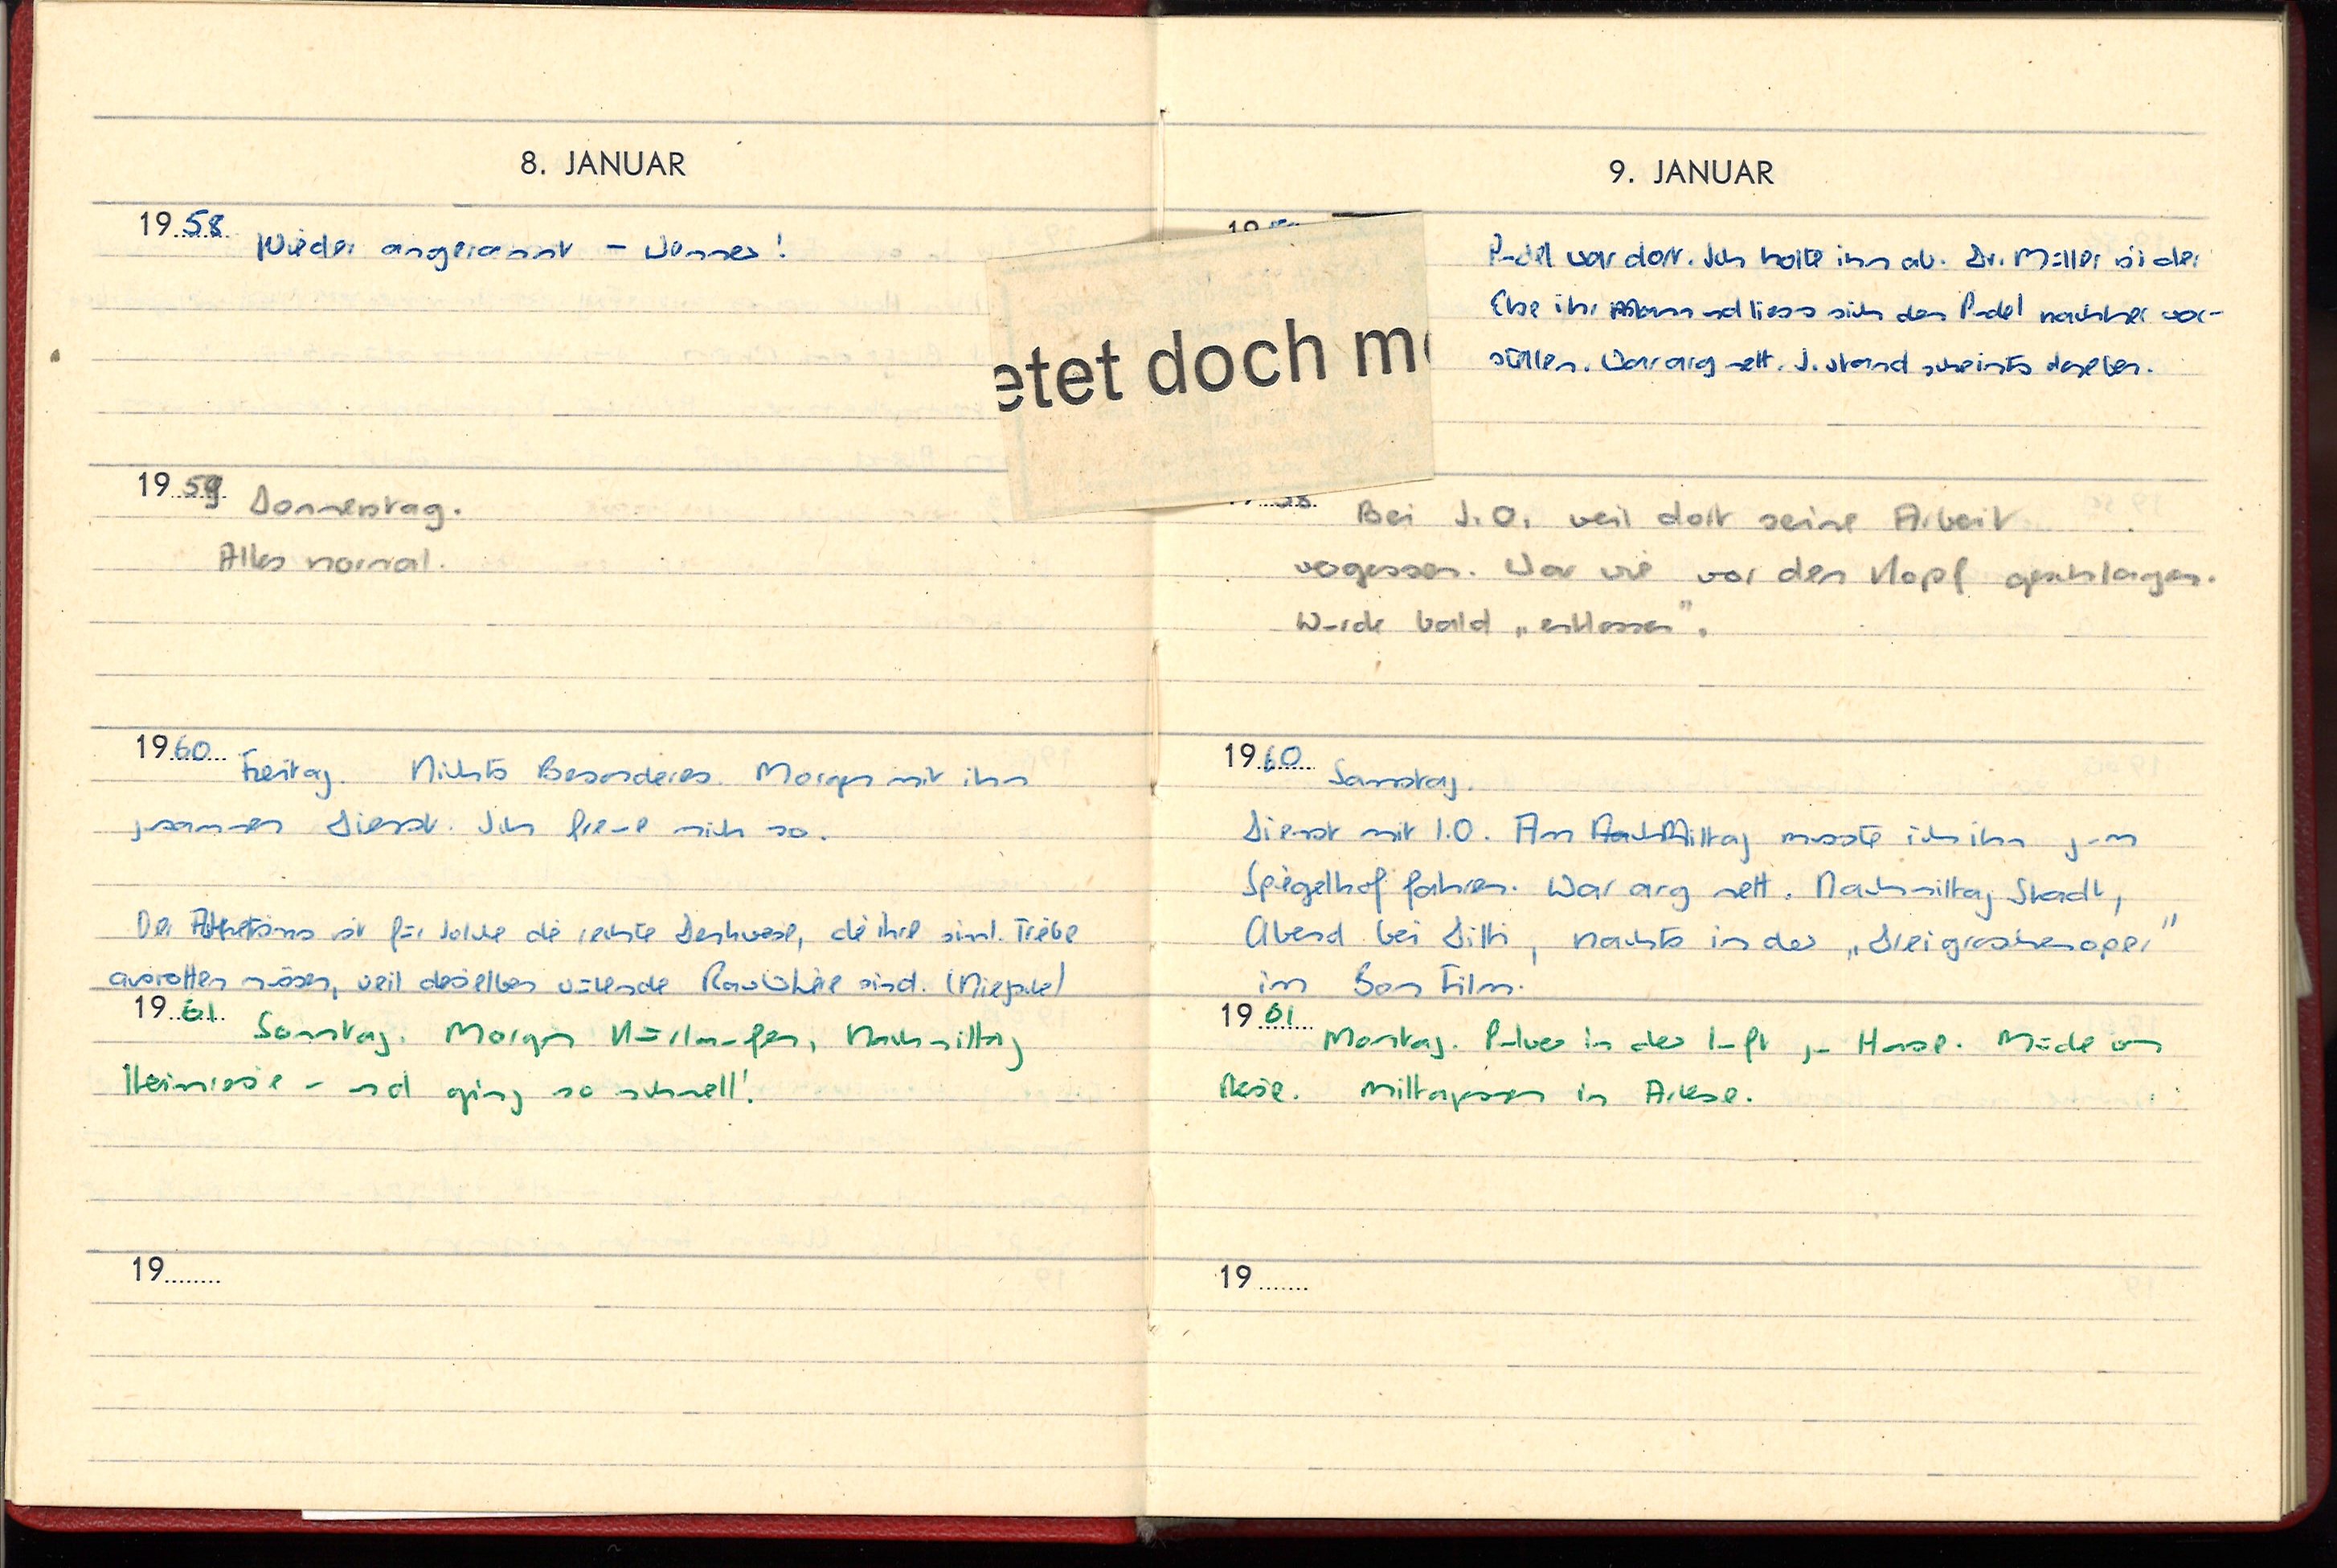
8. JANUAR
9. JANUAR
1958 Wieder angerannt - Wasser!
Pudel war dort. Ich holte ihn ab. Dr. Müller ist der
Else ihr Mann und liess sich den Pudel nachher vor-
stellen. War arg nett. J. stand scheints daneben.
1959 Donnerstag.
Bei J. O. weil dort seine Arbeit
Alles normal.
vergessen. War wie vor den Kopf geschlagen.
Wurde bald „entlassen“.
1960 Samstag
1960 Freitag. Nichts Besonderes. Morgen mit ihm
zusammen Dienst. Ich freue mich so.
Dienst mit I.O. Am NachMittag musste ich ihn zum
Spiegelhof fahren. War arg nett. Nachmittag Stadt,
Der Asketismus ist für solche die rechte Denkweise, die ihre sinnl. Triebe
Abend bei Ditti, nachts in der „Dreigroschenoper“
im Bon Film.
ausrotten müssen, weil dieselben wütende Raubtiere sind. (Nietzsche)
1961 Sonntag. Morgen Kunstlaufen, Nachmittag
1961 Montag. Pulver in der Luft, zu Hause. Müde von
Heimreise - und ging so schnell!
Reise. Mittagessen in Arlese.
19
19